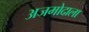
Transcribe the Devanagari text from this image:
अजमोदाला